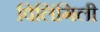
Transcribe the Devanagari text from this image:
विलिंगिली